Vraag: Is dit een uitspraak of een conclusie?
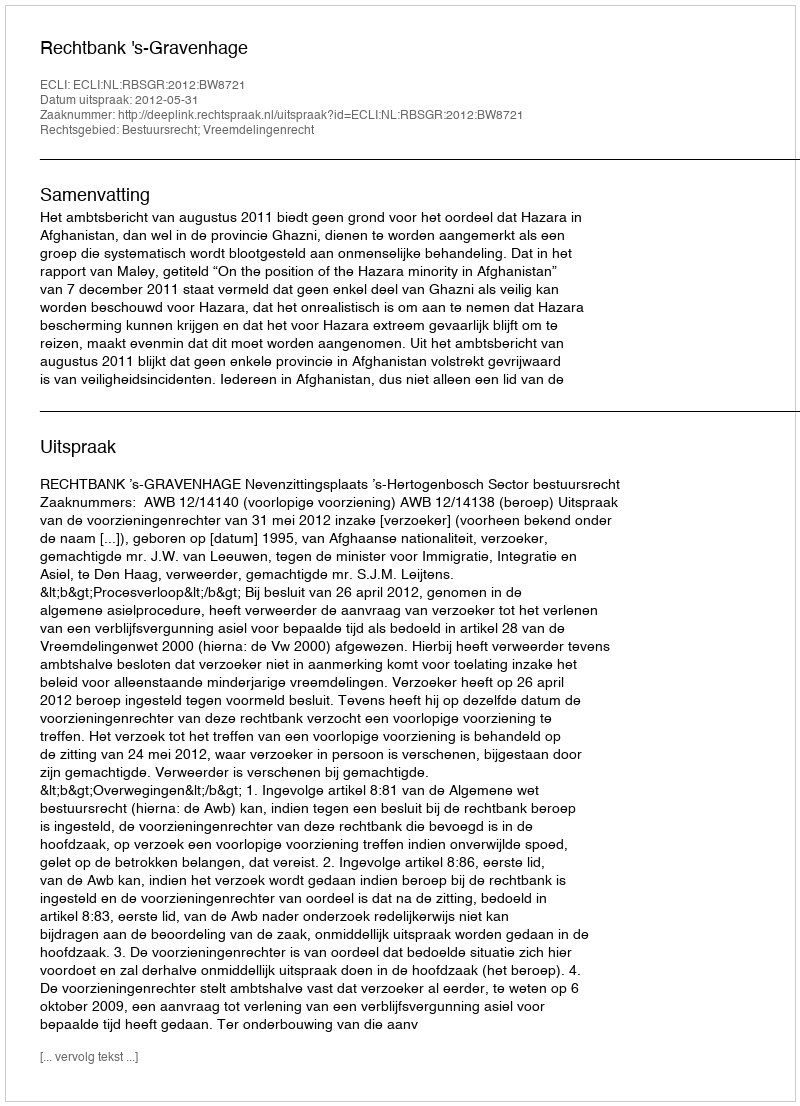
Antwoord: Uitspraak